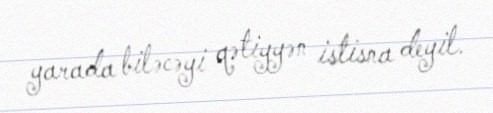
yarada biləcəyi qətiyyən istisna deyil.